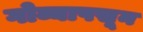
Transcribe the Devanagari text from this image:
गोव्यापसून